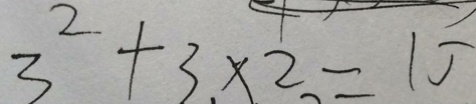
3 ^ { 2 } + 3 \times 2 = 1 5